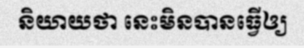
និយាយថា នេះមិនបានធ្វើឲ្យ